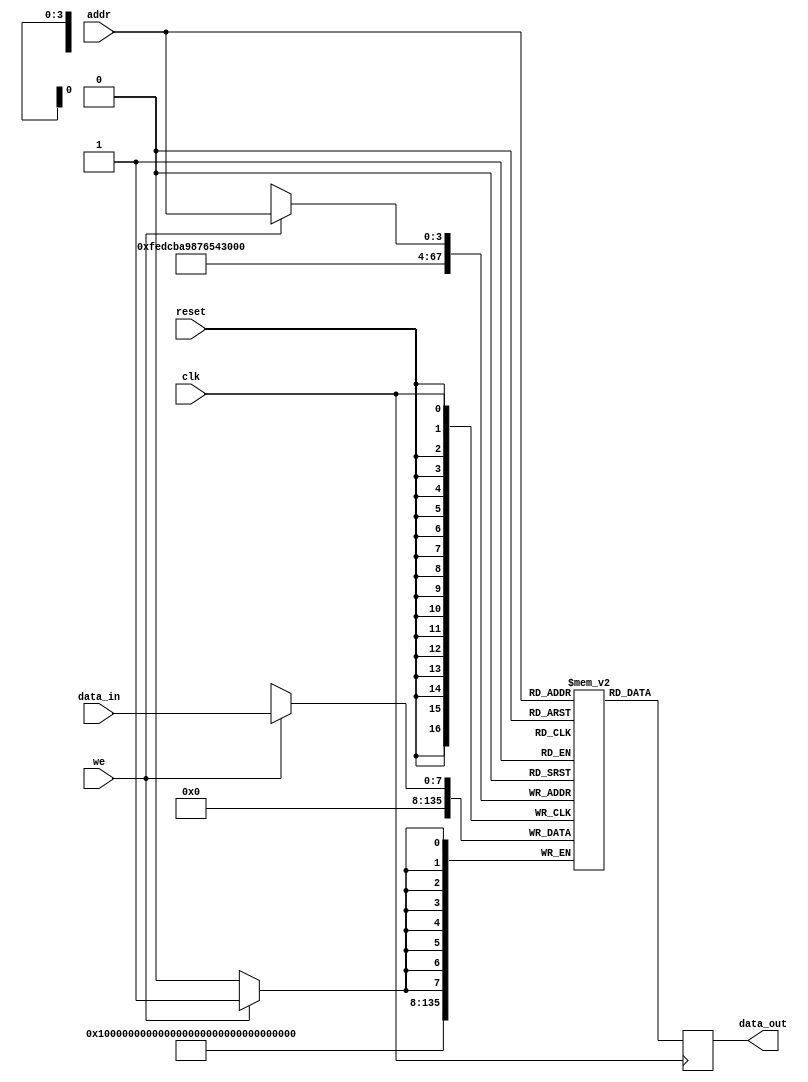
module single_port_ram #(
    parameter DATA_WIDTH = 8,    // Width of each memory word
    parameter ADDR_WIDTH = 4     // Number of address lines
)(
    input wire clk,              // Clock signal
    input wire we,               // Write enable signal
    input wire [ADDR_WIDTH-1:0] addr,  // Address input
    input wire [DATA_WIDTH-1:0] data_in, // Input data
    input wire reset,            // Asynchronous reset signal
    output reg [DATA_WIDTH-1:0] data_out  // Output data
);

    // Depth of the RAM (Number of memory locations)
    localparam DEPTH = 2 ** ADDR_WIDTH;

    // Memory array declaration
    reg [DATA_WIDTH-1:0] mem_array [0:DEPTH-1];

    // Asynchronous reset
    integer i;
    always @(posedge reset) begin
        for (i = 0; i < DEPTH; i = i + 1) begin
            mem_array[i] <= {DATA_WIDTH{1'b0}}; // Initialize memory to zero
        end
    end

    // Synchronous read and write operations
    always @(posedge clk) begin
        // Read operation
        data_out <= mem_array[addr];

        // Write operation
        if (we) begin
            mem_array[addr] <= data_in;
        end
    end

endmodule